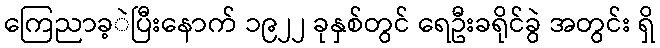
ကြေညာခ့ဲပြီးနောက် ၁၉၂၂ ခုနှစ်တွင် ရေဦးခရိုင်ခွဲ အတွင်း ရှိ